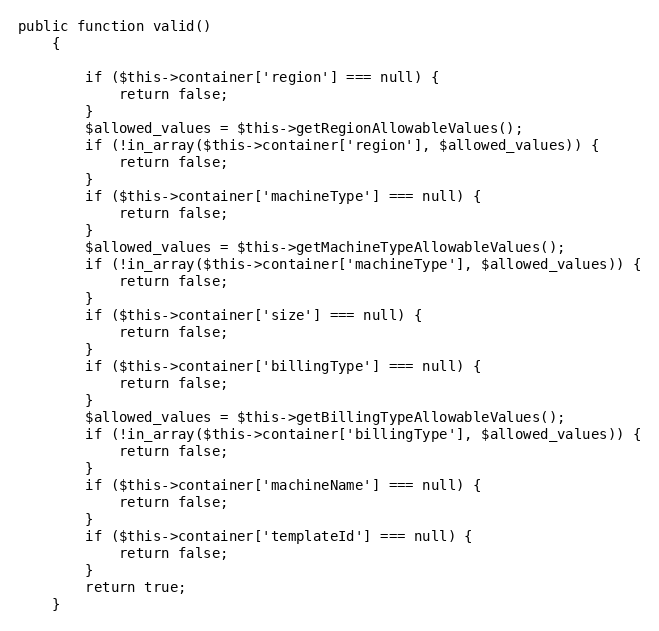
Language: PHP
public function valid()
    {

        if ($this->container['region'] === null) {
            return false;
        }
        $allowed_values = $this->getRegionAllowableValues();
        if (!in_array($this->container['region'], $allowed_values)) {
            return false;
        }
        if ($this->container['machineType'] === null) {
            return false;
        }
        $allowed_values = $this->getMachineTypeAllowableValues();
        if (!in_array($this->container['machineType'], $allowed_values)) {
            return false;
        }
        if ($this->container['size'] === null) {
            return false;
        }
        if ($this->container['billingType'] === null) {
            return false;
        }
        $allowed_values = $this->getBillingTypeAllowableValues();
        if (!in_array($this->container['billingType'], $allowed_values)) {
            return false;
        }
        if ($this->container['machineName'] === null) {
            return false;
        }
        if ($this->container['templateId'] === null) {
            return false;
        }
        return true;
    }